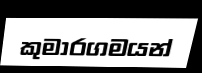
කුමාරගමයන්